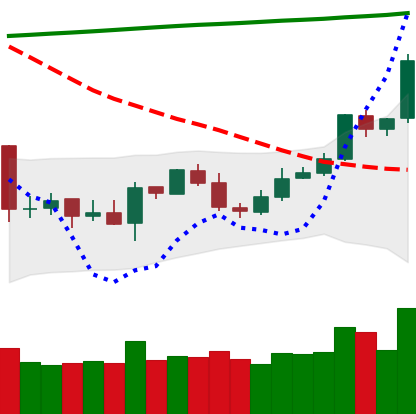
Ticker: ETC-USD
Chart end date: 2020-04-29
Forward return: 6.757%
Label: up_5_7